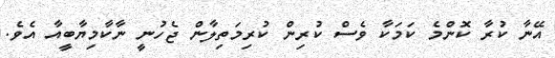
އޭނާ ކުރާ ކޮންމެ ކަމަކާ ވެސް ކުރިން ކުރިމަތިލާން ޖެހުނީ ނާކާމިޔާބީއާ އެވެ.